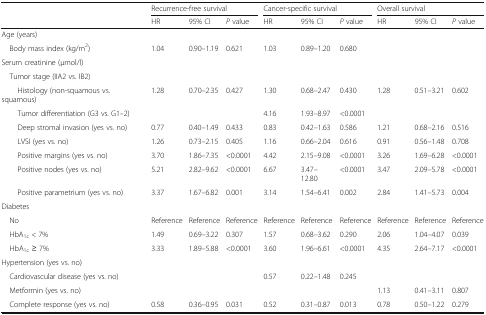
<table><thead><tr><td></td><td colspan="3"><b>Recurrence-free survival</b></td><td colspan="3"><b>Cancer-specific survival</b></td><td colspan="3"><b>Overall survival</b></td></tr><tr><td></td><td><b>HR</b></td><td><b>95% CI</b></td><td><b><i>P</i> value</b></td><td><b>HR</b></td><td><b>95% CI</b></td><td><b><i>P</i> value</b></td><td><b>HR</b></td><td><b>95% CI</b></td><td><b><i>P</i> value</b></td></tr></thead><tbody><tr><td colspan="10">Age (years)</td></tr><tr><td> Body mass index (kg/m<sup>2</sup>)</td><td>1.04</td><td>0.90–1.19</td><td>0.621</td><td>1.03</td><td>0.89–1.20</td><td>0.680</td><td></td><td></td><td></td></tr><tr><td colspan="10">Serum creatinine (μmol/l)</td></tr><tr><td colspan="10"> Tumor stage (IIA2 vs. IB2)</td></tr><tr><td>Histology (non-squamous vs. squamous)</td><td>1.28</td><td>0.70–2.35</td><td>0.427</td><td>1.30</td><td>0.68–2.47</td><td>0.430</td><td>1.28</td><td>0.51–3.21</td><td>0.602</td></tr><tr><td>Tumor differentiation (G3 vs. G1–2)</td><td></td><td></td><td></td><td>4.16</td><td>1.93–8.97</td><td>&lt;0.0001</td><td></td><td></td><td></td></tr><tr><td>Deep stromal invasion (yes vs. no)</td><td>0.77</td><td>0.40–1.49</td><td>0.433</td><td>0.83</td><td>0.42–1.63</td><td>0.586</td><td>1.21</td><td>0.68–2.16</td><td>0.516</td></tr><tr><td>LVSI (yes vs. no)</td><td>1.26</td><td>0.73–2.15</td><td>0.405</td><td>1.16</td><td>0.66–2.04</td><td>0.616</td><td>0.91</td><td>0.56–1.48</td><td>0.708</td></tr><tr><td>Positive margins (yes vs. no)</td><td>3.70</td><td>1.86–7.35</td><td>&lt;0.0001</td><td>4.42</td><td>2.15–9.08</td><td>&lt;0.0001</td><td>3.26</td><td>1.69–6.28</td><td>&lt;0.0001</td></tr><tr><td>Positive nodes (yes vs. no)</td><td>5.21</td><td>2.82–9.62</td><td>&lt;0.0001</td><td>6.67</td><td>3.47–12.80</td><td>&lt;0.0001</td><td>3.47</td><td>2.09–5.78</td><td>&lt;0.0001</td></tr><tr><td>Positive parametrium (yes vs. no)</td><td>3.37</td><td>1.67–6.82</td><td>0.001</td><td>3.14</td><td>1.54–6.41</td><td>0.002</td><td>2.84</td><td>1.41–5.73</td><td>0.004</td></tr><tr><td colspan="10">Diabetes</td></tr><tr><td> No</td><td>Reference</td><td>Reference</td><td>Reference</td><td>Reference</td><td>Reference</td><td>Reference</td><td>Reference</td><td>Reference</td><td>Reference</td></tr><tr><td> HbA<sub>1c</sub> &lt; 7%</td><td>1.49</td><td>0.69–3.22</td><td>0.307</td><td>1.57</td><td>0.68–3.62</td><td>0.290</td><td>2.06</td><td>1.04–4.07</td><td>0.039</td></tr><tr><td> HbA<sub>1c</sub> ≥ 7%</td><td>3.33</td><td>1.89–5.88</td><td>&lt;0.0001</td><td>3.60</td><td>1.96–6.61</td><td>&lt;0.0001</td><td>4.35</td><td>2.64–7.17</td><td>&lt;0.0001</td></tr><tr><td colspan="10">Hypertension (yes vs. no)</td></tr><tr><td> Cardiovascular disease (yes vs. no)</td><td></td><td></td><td></td><td>0.57</td><td>0.22–1.48</td><td>0.245</td><td></td><td></td><td></td></tr><tr><td> Metformin (yes vs. no)</td><td></td><td></td><td></td><td></td><td></td><td></td><td>1.13</td><td>0.41–3.11</td><td>0.807</td></tr><tr><td> Complete response (yes vs. no)</td><td>0.58</td><td>0.36–0.95</td><td>0.031</td><td>0.52</td><td>0.31–0.87</td><td>0.013</td><td>0.78</td><td>0.50–1.22</td><td>0.279</td></tr></tbody></table>